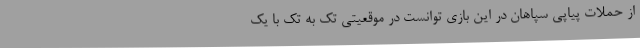
از حملات پیاپی سپاهان در این بازی توانست در موقعیتی تک به تک با یک